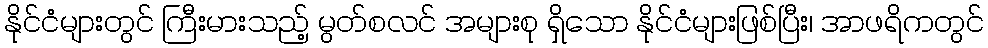
နိုင်ငံများတွင် ကြီးမားသည့် မွတ်စလင် အများစု ရှိသော နိုင်ငံများဖြစ်ပြီး၊ အာဖရိကတွင်